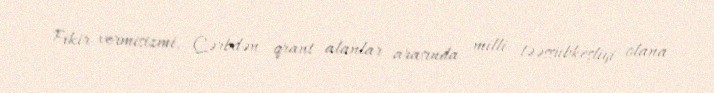
Fikir vermisizmi, Qərbdən qrant alanlar arasında milli təəssübkeşliyi olana